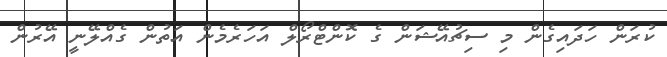
ކުރަން ހަދައިގެން މި ސިޗުއޭޝަން ގެ ކޮންޓްރޯލް އަހަރެމެން އަތުން ގެއްލޭނީ އޭރުން